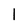
Character: I